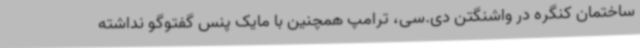
ساختمان کنگره در واشنگتن دی.سی، ترامپ همچنین با مایک پنس گفتوگو نداشته